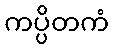
ကပ္ပိတကံ